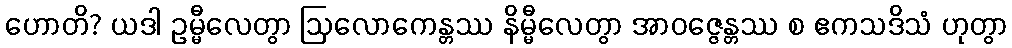
ဟောတိ? ယဒါ ဥမ္မီလေတွာ ဩလောကေန္တဿ နိမ္မီလေတွာ အာဝဇ္ဇေန္တဿ စ ဧကသဒိသံ ဟုတွာ